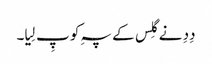
دِدِ نے گِلس کے پہِ کو پِ لِیا۔